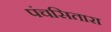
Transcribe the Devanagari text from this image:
पंचसितारा